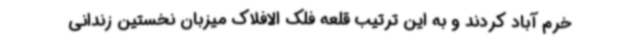
خرم آباد کردند و به این ترتیب قلعه فلک الافلاک میزبان نخستین زندانی